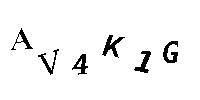
AV4K1G